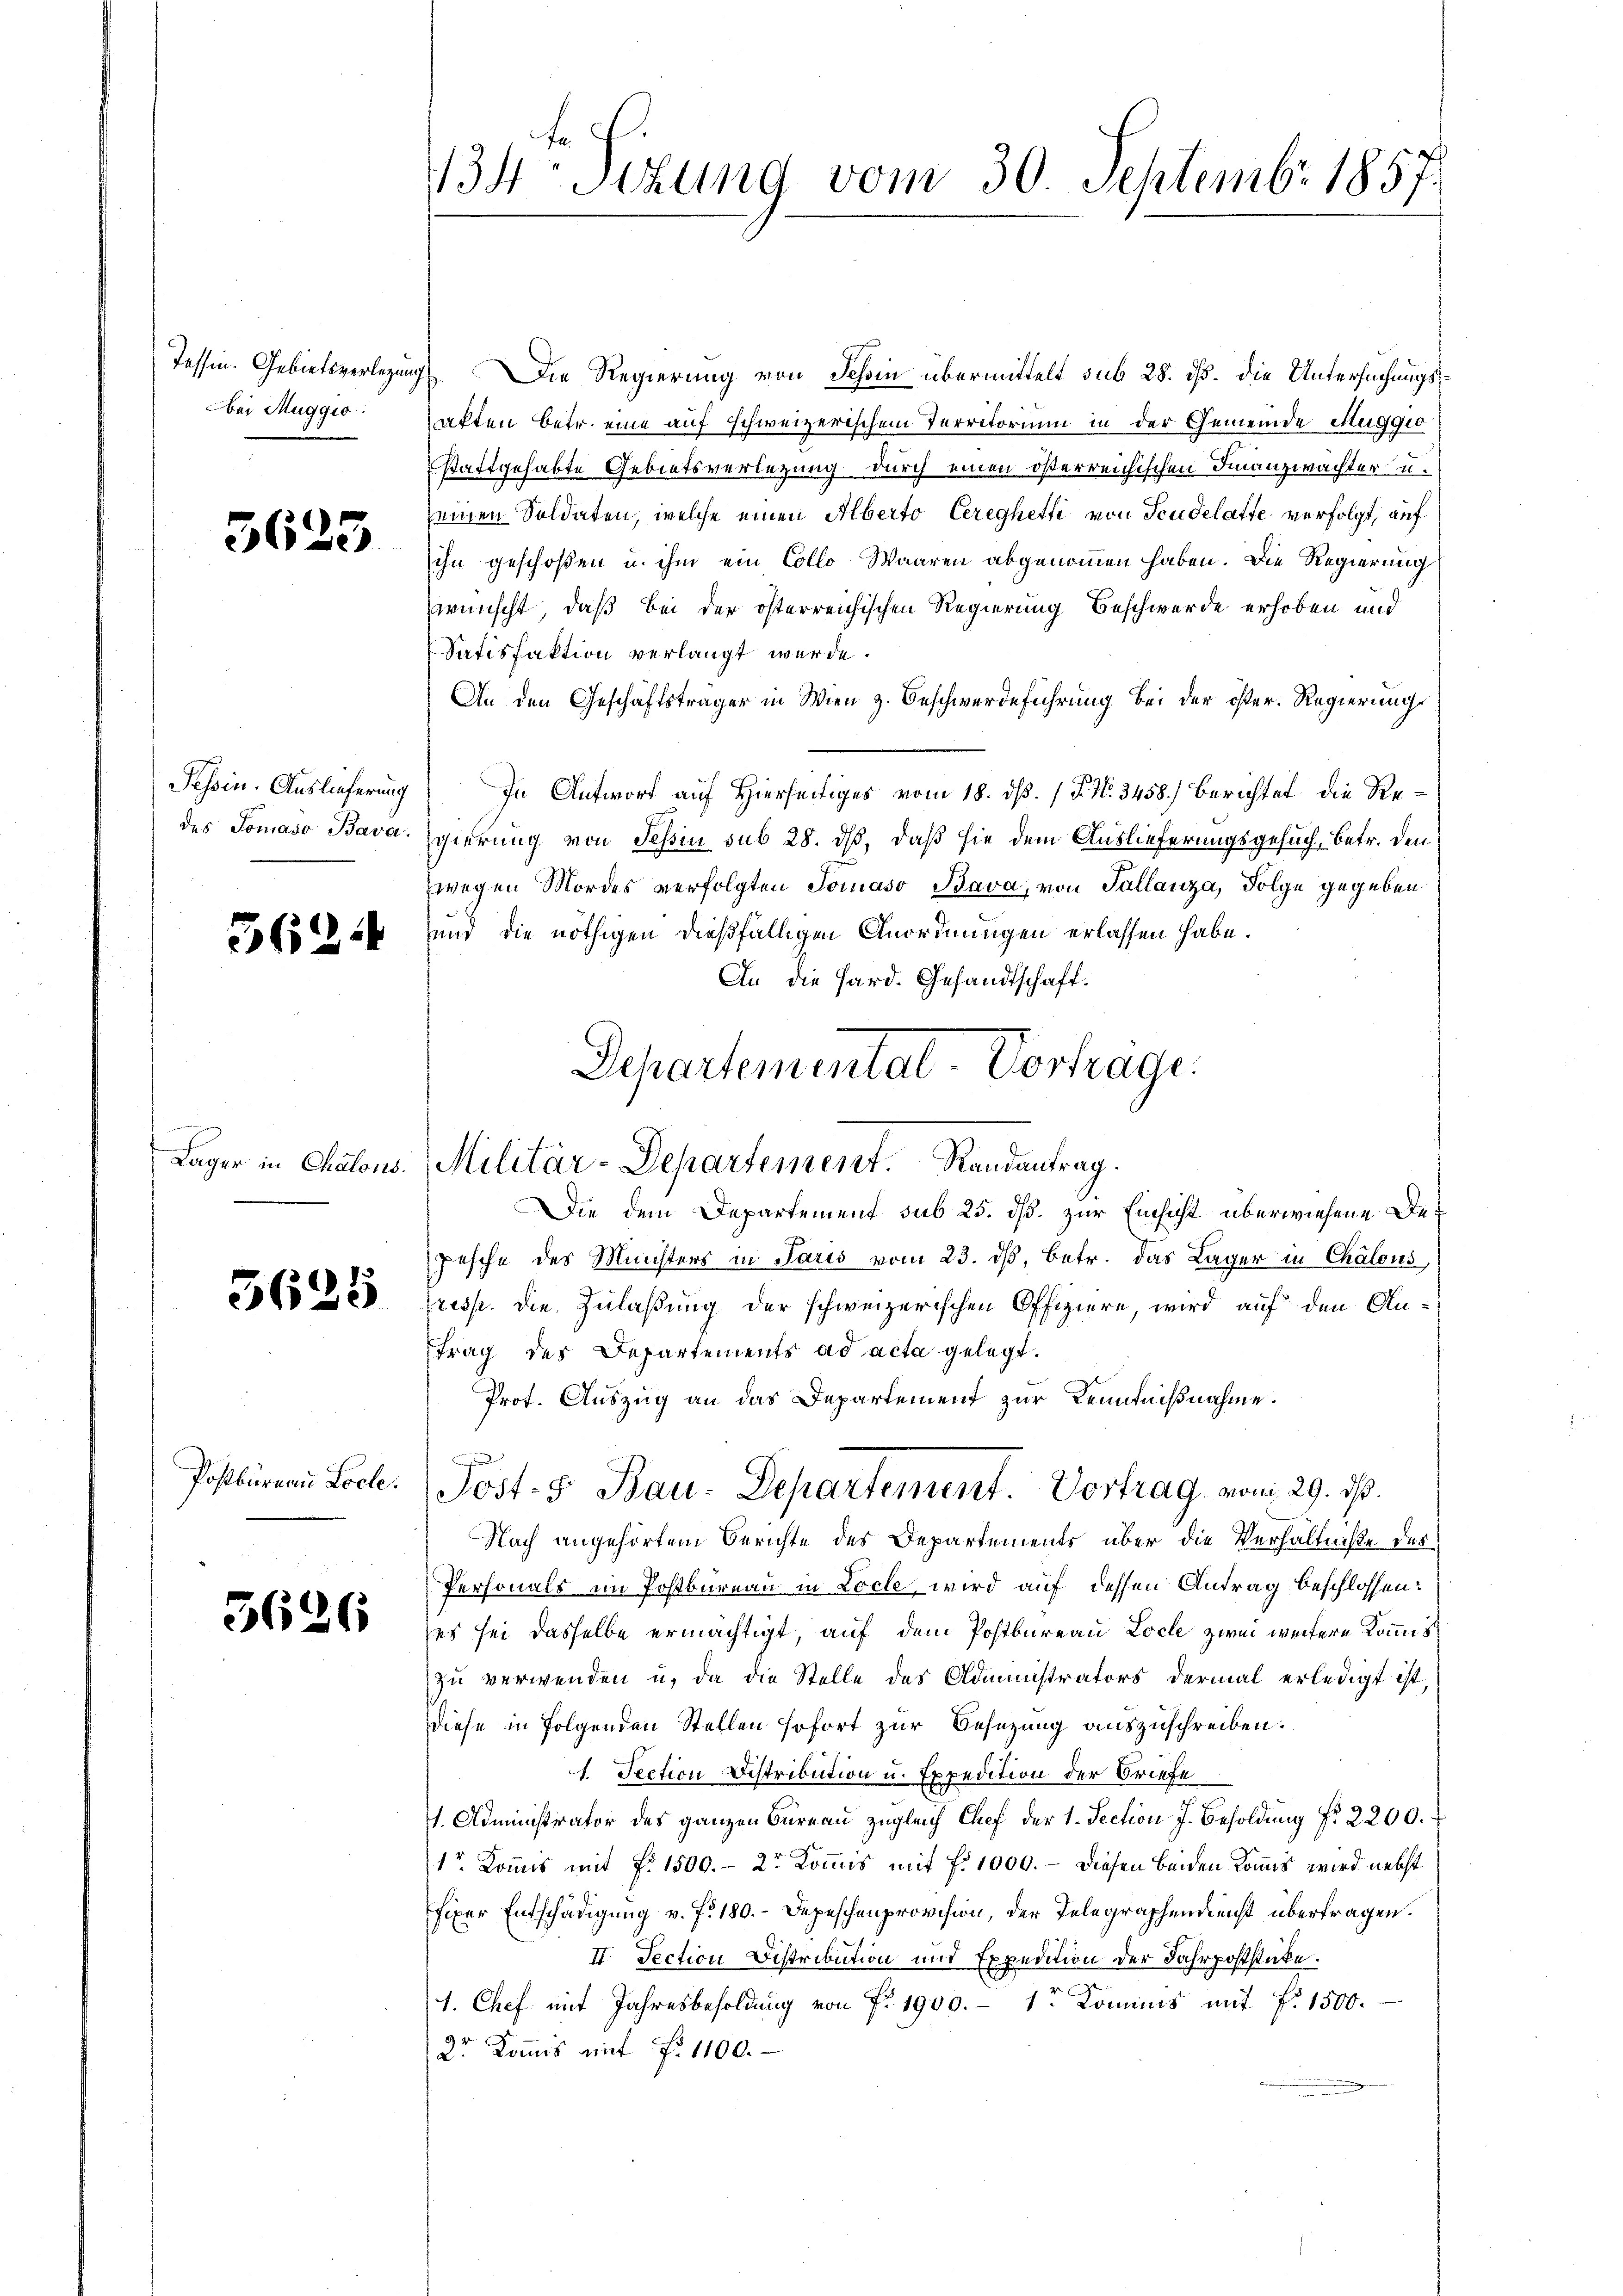
Tessin. Gebietsverlegung
bei Muggio:

5623

Tessin. Auslieferung
des Tomaso Bava.

3624

5625

Postbüreau Loche.

5626

134 Stzung vom 30. Septembr 1857.

Departemental-Vortrage
Lager in Chalons. Militär-Departement. Randantrag.

Die Regierung von Schin übermittelt sub 28. ds. Die Untersuchungsakten betr. eine auf schweizerischem Territorium in der Gemeinde Muggio
stattgehabte Gebietsverlegung durch einen österreichischen Finanzwachter u.
seinen Soldaten, welche einen Alberto Cereghetti von Seudelatte verfolgt, auf
ihn geschoßen u. ihm ein Collo Waaren abgenommen haben. Die Regierung
wünscht, daß bei der österreichischen Regierung Beschwerde erhoben und
Satisfaktion verlangt werde.
An den Geschäftsträger in Wien z. Beschwerdeführung bei der öster. Regierung
In Antwort auf Hierseitiges vom 18. dß. / P. N. 3458.) Berichtet die Re¬
Egierung von Tessin sub 28. ds, daß sie dem Auslieferungsgesuch, betr. den
zwegen Mordes verfolgten Tomaso Bava, von Tallanza, Folge gegeben
und die nöthigen dießfälligen Anordnungen erlassen habe.
An die Hard. Gesandtschaft.
Die dem Departement sub 25. dß. zur Einsicht überwiesene Depesche des Ministers in Paris vom 23. ds, betr. das Lager in Chalons,
(resp. die Zulaßung der schweizerischen Offiziere wird auf den Antrag des Departements ad acta gelegt.
Prot. Auszug an das Departement zur Kenntnißnahme.
Post. S. Bau. Departement. Vortrag vom 29. ds.
Nach angehörtem Berichte des Departements über die Verhältniße des
Personals im Postbureau in Locle, wird auf dessen Antrag beschlossen:
es sei dasselbe ermächtigt, auf dem Postbureau Loche zwei weitere Kommis
zu verwenden u. da die Stelle des Administrators dermal erledigt ist,
diese in Folgenden Stellen sofort zur Besetzung auszuschreiben.
1. Section Distribution u. Expedition der Briefe
1. Administrator des ganzen Büreau zugleich Chef der 1. Section J. Besoldung f. 2200.
1r Kommis mit Fr. 1500. – 2r Kommis mit fr. 1000. – Diesen beiden Konis wird nebst
fixer Entschädigung v. J. 180. Depeschenprovision, der Telegraphendienst übertragen.
II. Section Distribution und Expedition der Fahrpoststücke.
1. Chef mit Jahresbesoldung von Fr. 1900.- 1r Kominis mit f. 1500.
2r Kommis mit Fr. 1100.